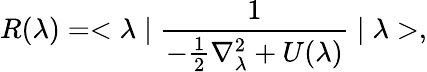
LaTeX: R(\lambda)=<\lambda\mid\frac{1}{-\frac{1}{2}\nabla_{\lambda}^{2}+U(\lambda)}\mid\lambda>,